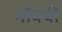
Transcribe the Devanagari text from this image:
गोंयची